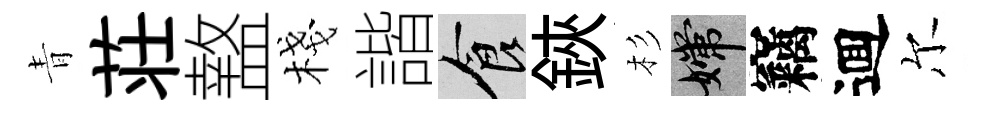
青荘盩棧諧食鋏杉嫦竊逥尔